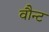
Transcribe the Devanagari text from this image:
वौन्ट